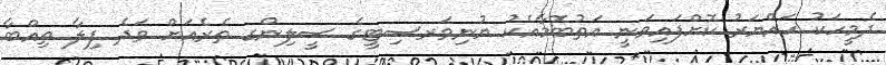
ދެމީހަކު ހައްޔަރު ކޮށްފައިވަނީ އަތުބޮމާއެކު ޔުނިވަރސިޓީގެ ސީލިންގ ތެރެއަށް ވަދެ ފިލާ ތިއްބާ